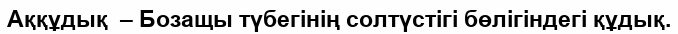
Аққұдық  – Бозащы түбегінің солтүстігі бөлігіндегі құдық.